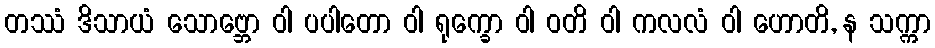
တဿံ ဒိသာယံ သောဗ္ဘော ဝါ ပပါတော ဝါ ရုက္ခော ဝါ ဝတိ ဝါ ကလလံ ဝါ ဟောတိ, န သက္ကာ